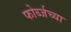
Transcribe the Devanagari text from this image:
फोर्ब्जच्या